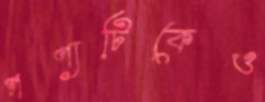
পণ্যটিকেও